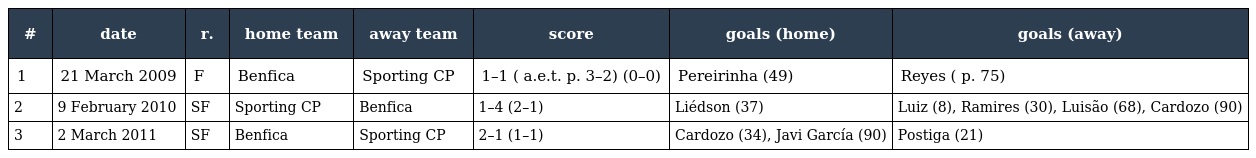
| # | date | r. | home team | away team | score | goals (home) | goals (away) |
 | --- | --- | --- | --- | --- | --- | --- | --- |
 | 1 | 21 March 2009 | F | Benfica | Sporting CP | 1–1 ( a.e.t. p. 3–2) (0–0) | Pereirinha (49) | Reyes ( p. 75) |
 | 2 | 9 February 2010 | SF | Sporting CP | Benfica | 1–4 (2–1) | Liédson (37) | Luiz (8), Ramires (30), Luisão (68), Cardozo (90) |
 | 3 | 2 March 2011 | SF | Benfica | Sporting CP | 2–1 (1–1) | Cardozo (34), Javi García (90) | Postiga (21) |